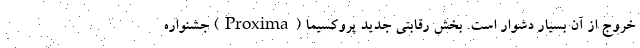
خروج از آن بسیار دشوار است. بخش رقابتی جدید پروکسیما (Proxima) جشنواره